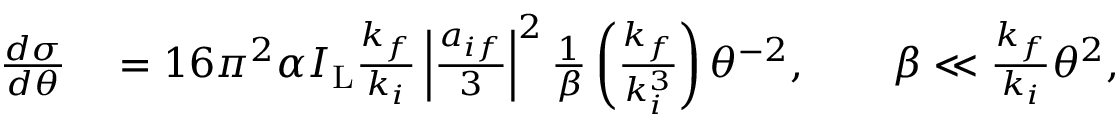
\begin{array} { r l } { \frac { d \sigma } { d \theta } } & { { } = 1 6 \pi ^ { 2 } \alpha I _ { \mathrm { L } } \frac { k _ { f } } { k _ { i } } \left\vert \frac { a _ { i f } } { 3 } \right\vert ^ { 2 } \frac { 1 } { \beta } \left( \frac { k _ { f } } { k _ { i } ^ { 3 } } \right) \theta ^ { - 2 } , \qquad \beta \ll \frac { k _ { f } } { k _ { i } } \theta ^ { 2 } , } \end{array}